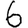
Digit: 6